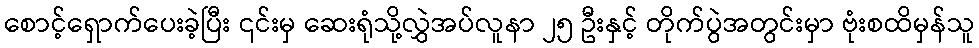
စောင့်ရှောက်ပေးခဲ့ပြီး ၎င်းမှ ဆေးရုံသို့လွှဲအပ်လူနာ ၂၅ ဦးနှင့် တိုက်ပွဲအတွင်းမှာ ဗုံးစထိမှန်သူ